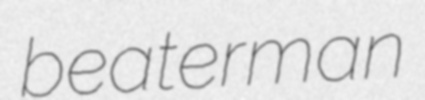
beaterman